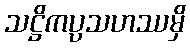
သဋ္ဌိကပ္ပသဟဿမှိ